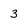
Character: 3